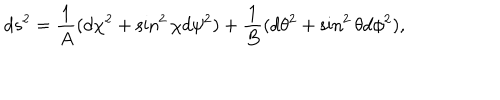
LaTeX: d s ^ { 2 } = { \frac { 1 } { A } } ( d \chi ^ { 2 } + \sin ^ { 2 } \chi d \psi ^ { 2 } ) + { \frac { 1 } { B } } ( d \theta ^ { 2 } + \sin ^ { 2 } \theta d \phi ^ { 2 } ) ,